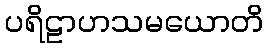
ပရိဠာဟသမယောတိ